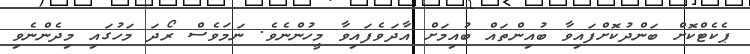
ޕެކެޓްކޮށް ބަންދުކޮށްފައިވާ ބުއިންތައް ބުއިމަށް އާދަވެފައިވާ މީހުންނެވެ. ނަމަވެސް ރޯދަ މަހުގައި މިދެންނެވި